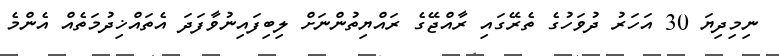
ނިމިދިޔަ 30 އަހަރު ދުވަހުގެ ތެރޭގައި ރާއްޖޭގެ ރައްޔިތުންނަށް ލިބިފައިނުވާފަދަ އެތައްޚިދުމަތެއް އެންމެ